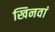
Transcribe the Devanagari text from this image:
खिनवां